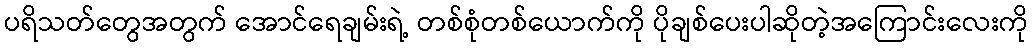
ပရိသတ်တွေအတွက် အောင်ရေချမ်းရဲ့ တစ်စုံတစ်ယောက်ကို ပိုချစ်ပေးပါဆိုတဲ့အကြောင်းလေးကို